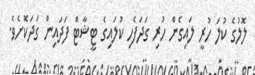
ލޮލުގެ ކުލަ ހުރީ ލައިގެން ހުރި ގަދަފެހި ކުލައިގެ ޓީޝާޓް ފަދައިން ގަދަކޮށެވެ.